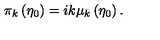
\pi _ { k } \left( \eta _ { 0 } \right) = i k \mu _ { k } \left( \eta _ { 0 } \right) .